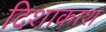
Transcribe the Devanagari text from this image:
दिशाकाश